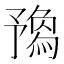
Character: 𠄝